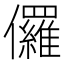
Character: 儸